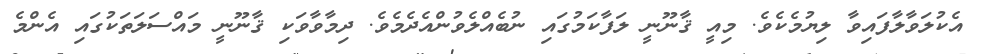
އެކުލަވާލާފައިވާ ލިޔުމެކެވެ. މިއީ ޤާނޫނީ ލަފާކަމުގައި ނުބެއްލެވުންއެދެމެވެ. ދިމާވާވަކި ޤާނޫނީ މައްސަލަތަކުގައި އެންމެ